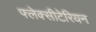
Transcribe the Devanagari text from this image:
फ्लेक्सीटेरियन